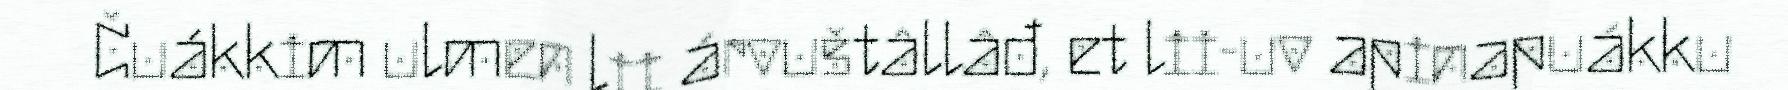
Čuákkim ulmen lii árvuštâllâđ, et lii-uv apinapuákku